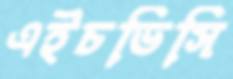
এইচভিসি